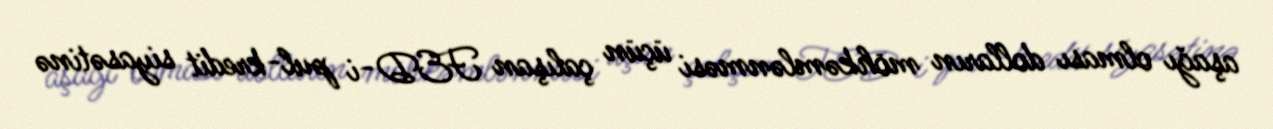
aşağı olması dolların möhkəmlənməsi üçün çalışan FED-i pul-kredit siyasətinə